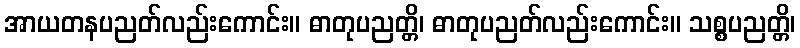
အာယတနပညတ်လည်းကောင်း။ ဓာတုပညတ္တိ၊ ဓာတုပညတ်လည်းကောင်း။ သစ္စပညတ္တိ၊